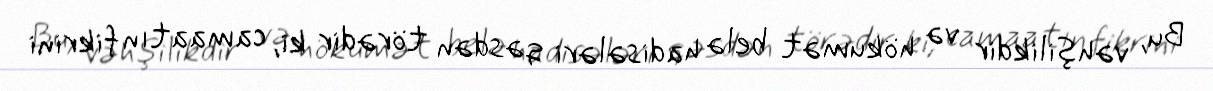
Bu, vəhşilikdir və hökumət belə hadisələri qəsdən törədir ki, camaatın fikrini